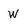
Character: W